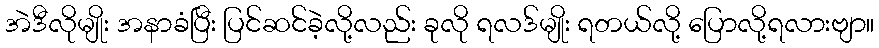
အဲဒီလိုမျိုး အနာခံပြီး ပြင်ဆင်ခဲ့လို့လည်း ခုလို ရလဒ်မျိုး ရတယ်လို့ ပြောလို့ရလားဗျာ။